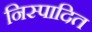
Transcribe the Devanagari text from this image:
निस्पादित